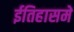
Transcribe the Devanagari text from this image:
ईतिहासमें